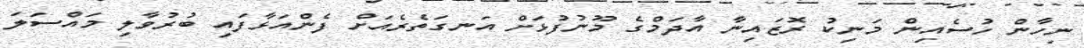
ނިހާން ހުސެއިން މަނިކު ރޮޒައިނާ އާދަމްގެ މޫނުފުޅަށް އަނގަތެރެއަށް ފެންއަޅާފައި ބުރުވާލި މައްސަލަ